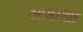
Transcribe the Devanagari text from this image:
आडाखा